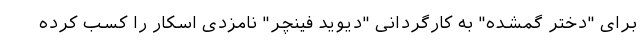
برای "دختر گمشده" به کارگردانی "دیوید فینچر" نامزدی اسکار را کسب کرده